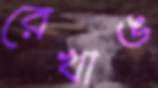
রেখাঙ